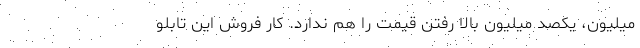
میلیون، یکصد میلیون بالا رفتن قیمت را هم ندارد. کار فروش این تابلو